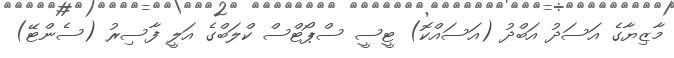
މާޒިޔާގެ އަސަދު އަބްދު (އަސައްކޮ) ޓީސީ ސްޕޯޓްސް ކްލަބްގެ އަލީ ފާސިރު (ސެންޓޭ)